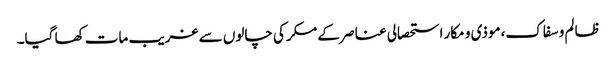
ظالم و سفاک،موذی و مکار استحصالی عناصر کے مکر کی چالوں سے غریب مات کھا گیا۔